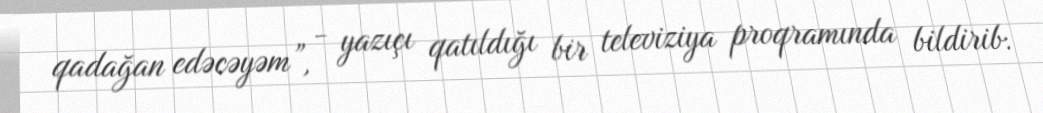
qadağan edəcəyəm”, - yazıçı qatıldığı bir televiziya proqramında bildirib.